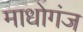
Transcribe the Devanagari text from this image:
माधोगंज